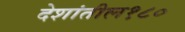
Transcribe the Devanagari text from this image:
देशांतील१८०